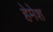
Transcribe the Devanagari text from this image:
हेमेश